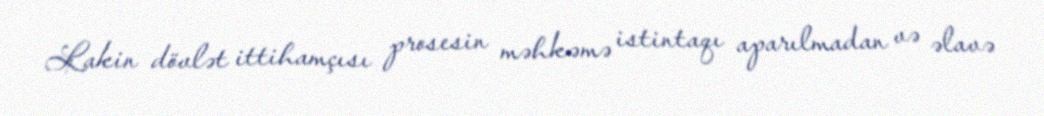
Lakin dövlət ittihamçısı prosesin məhkəmə istintaqı aparılmadan və əlavə